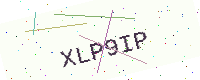
Text: XLP9IP